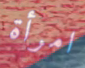
امرأة